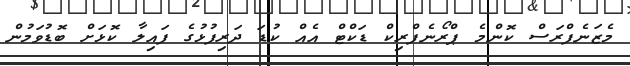
މެޒަނެފްރަސް ކޮންމެ ޕްރޯނެފްރިކް ޑަކްޓް އެއް ކުޑަ ދަރިފުޅުގެ ފައިލާ ކޮޅަށް ބޮޑުވަމުން